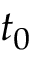
t _ { 0 }